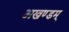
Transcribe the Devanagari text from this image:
अखण्डम्